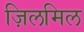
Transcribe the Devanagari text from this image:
ज़िलमिल